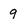
Character: g